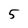
Character: 5